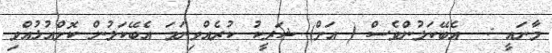
މާނައީ :  އެބޭކަލުންވެސް ( އަށް) ޝަރީކު ކުރެއްވިނަމަ އެބޭކަލުން ކޮށްއުޅުއްވި